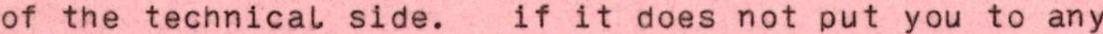
of the technical side. if it does not put you to any